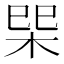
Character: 𭩿